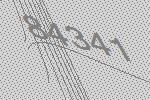
84341